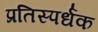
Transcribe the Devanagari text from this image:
प्रतिस्पर्धक